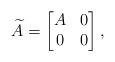
LaTeX: \begin{align*}\widetilde{A} =\begin{bmatrix}A & 0 \\0 & 0\end{bmatrix} ,\end{align*}